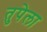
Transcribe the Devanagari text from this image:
तुपेला